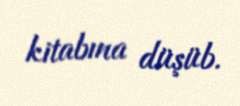
kitabına düşüb.